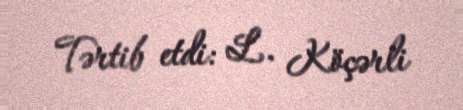
Tərtib etdi: L. Köçərli